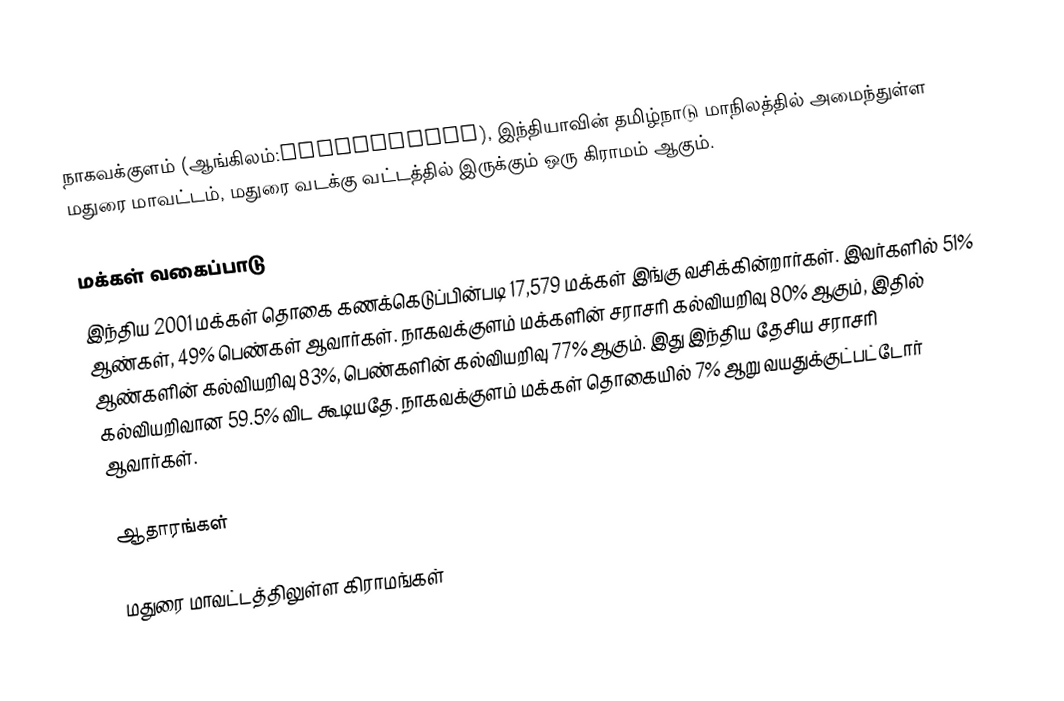
நாகவக்குளம் (ஆங்கிலம்:Nagavakulam), இந்தியாவின் தமிழ்நாடு மாநிலத்தில் அமைந்துள்ள மதுரை மாவட்டம், மதுரை வடக்கு வட்டத்தில் இருக்கும் ஒரு கிராமம் ஆகும்.

மக்கள் வகைப்பாடு
இந்திய 2001 மக்கள் தொகை கணக்கெடுப்பின்படி 17,579 மக்கள் இங்கு வசிக்கின்றார்கள். இவர்களில் 51% ஆண்கள், 49% பெண்கள் ஆவார்கள். நாகவக்குளம் மக்களின் சராசரி கல்வியறிவு 80% ஆகும்,  இதில் ஆண்களின் கல்வியறிவு 83%,  பெண்களின் கல்வியறிவு 77% ஆகும். இது இந்திய தேசிய சராசரி கல்வியறிவான 59.5% விட கூடியதே. நாகவக்குளம் மக்கள் தொகையில் 7%  ஆறு வயதுக்குட்பட்டோர் ஆவார்கள்.

ஆதாரங்கள்

மதுரை மாவட்டத்திலுள்ள கிராமங்கள்